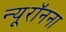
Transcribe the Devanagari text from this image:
न्यूरॉनना